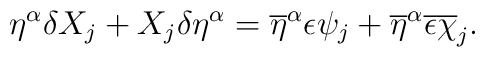
\eta^\alpha\delta X_j+X_j\delta\eta^\alpha =\overline{\eta}^\alpha\epsilon \psi_j+\overline{\eta}^\alpha\overline{\epsilon } \overline{\chi}_j.